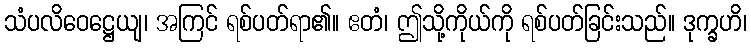
သံပလိဝေဋ္ဌေယျ၊ အကြင် ရစ်ပတ်ရာ၏။ ဧတံ၊ ဤသို့ကိုယ်ကို ရစ်ပတ်ခြင်းသည်။ ဒုက္ခဟိ၊